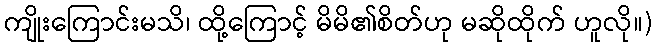
ကျိုးကြောင်းမသိ၊ ထို့ကြောင့် မိမိ၏စိတ်ဟု မဆိုထိုက် ဟူလို။)